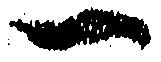
一